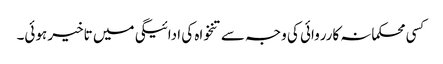
کسی محکمانہ کارروائی کی وجہ سے تنخواہ کی ادائیگی میں تاخیر ہوئی۔